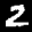
Label: 2